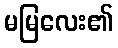
မမြလေး၏